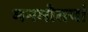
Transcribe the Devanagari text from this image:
मनमोतयां